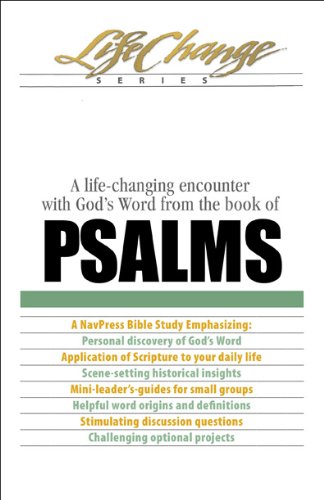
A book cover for Psalms: A life-changing encounter with God's Word from the book of (LifeChange); Christian Books & Bibles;